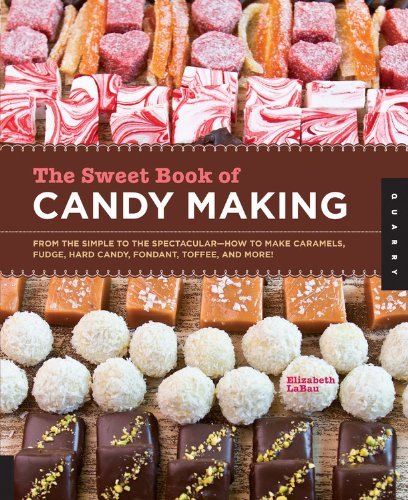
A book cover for The Sweet Book of Candy Making: From the Simple to the Spectacular-How to Make Caramels, Fudge, Hard Candy, Fondant, Toffee, and More!; Elizabeth LaBau; Cookbooks, Food & Wine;